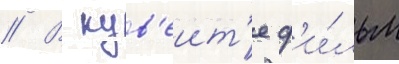
// В кув'еит'е ф'и́льм